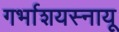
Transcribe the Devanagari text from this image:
गर्भाशयस्नायू